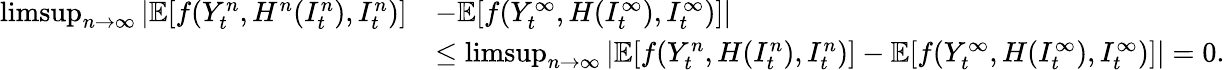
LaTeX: \begin{array}{rl}{\operatorname*{limsup}_{n\to\infty}|\mathbb{E}[f(Y_{t}^{n},H^{n}(I_{t}^{n}),I_{t}^{n})]}&{-\mathbb{E}[f(Y_{t}^{\infty},H(I_{t}^{\infty}),I_{t}^{\infty})]|}\\ &{\le\operatorname*{limsup}_{n\to\infty}|\mathbb{E}[f(Y_{t}^{n},H(I_{t}^{n}),I_{t}^{n})]-\mathbb{E}[f(Y_{t}^{\infty},H(I_{t}^{\infty}),I_{t}^{\infty})]|=0.}\end{array}